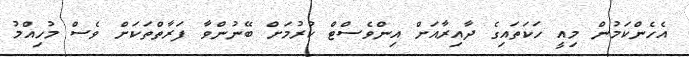
އެހެންކަމުން މިއީ ހަކަތައިގެ ދާއިރާއަށް އިންވެސްޓް ކުރުމަށް ބޭނުންވާ ފަރާތްތަކަށް ވެސް މުހިއްމު